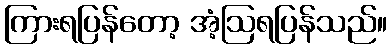
ကြားရပြန်တော့ အံ့ဩရပြန်သည်။